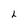
Character: h